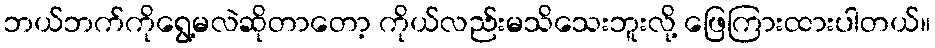
ဘယ်ဘက်ကိုရွေ့မလဲဆိုတာတော့ ကိုယ်လည်းမသိသေးဘူးလို့ ဖြေကြားထားပါတယ်။